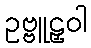
ဥဗ္ဗူဠှဝါ